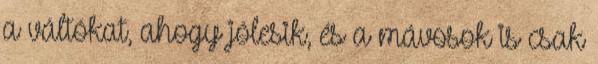
a váltókat, ahogy jólesik, és a mávosok is csak